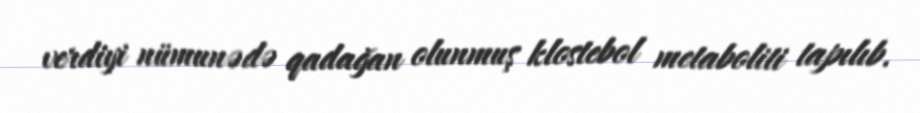
verdiyi nümunədə qadağan olunmuş klostebol metaboliti tapılıb.